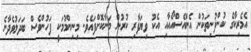
އެމެރިކާގެ ކުންފުނިތަކުން އެންއެސްއޯއާއި އެކު ވިޔަފާރި ކުރުން މަނާކޮށްފައެވެ. މިނިންމުމަކީ ފަހުންވެސް ބަދަލުވެދާނެ